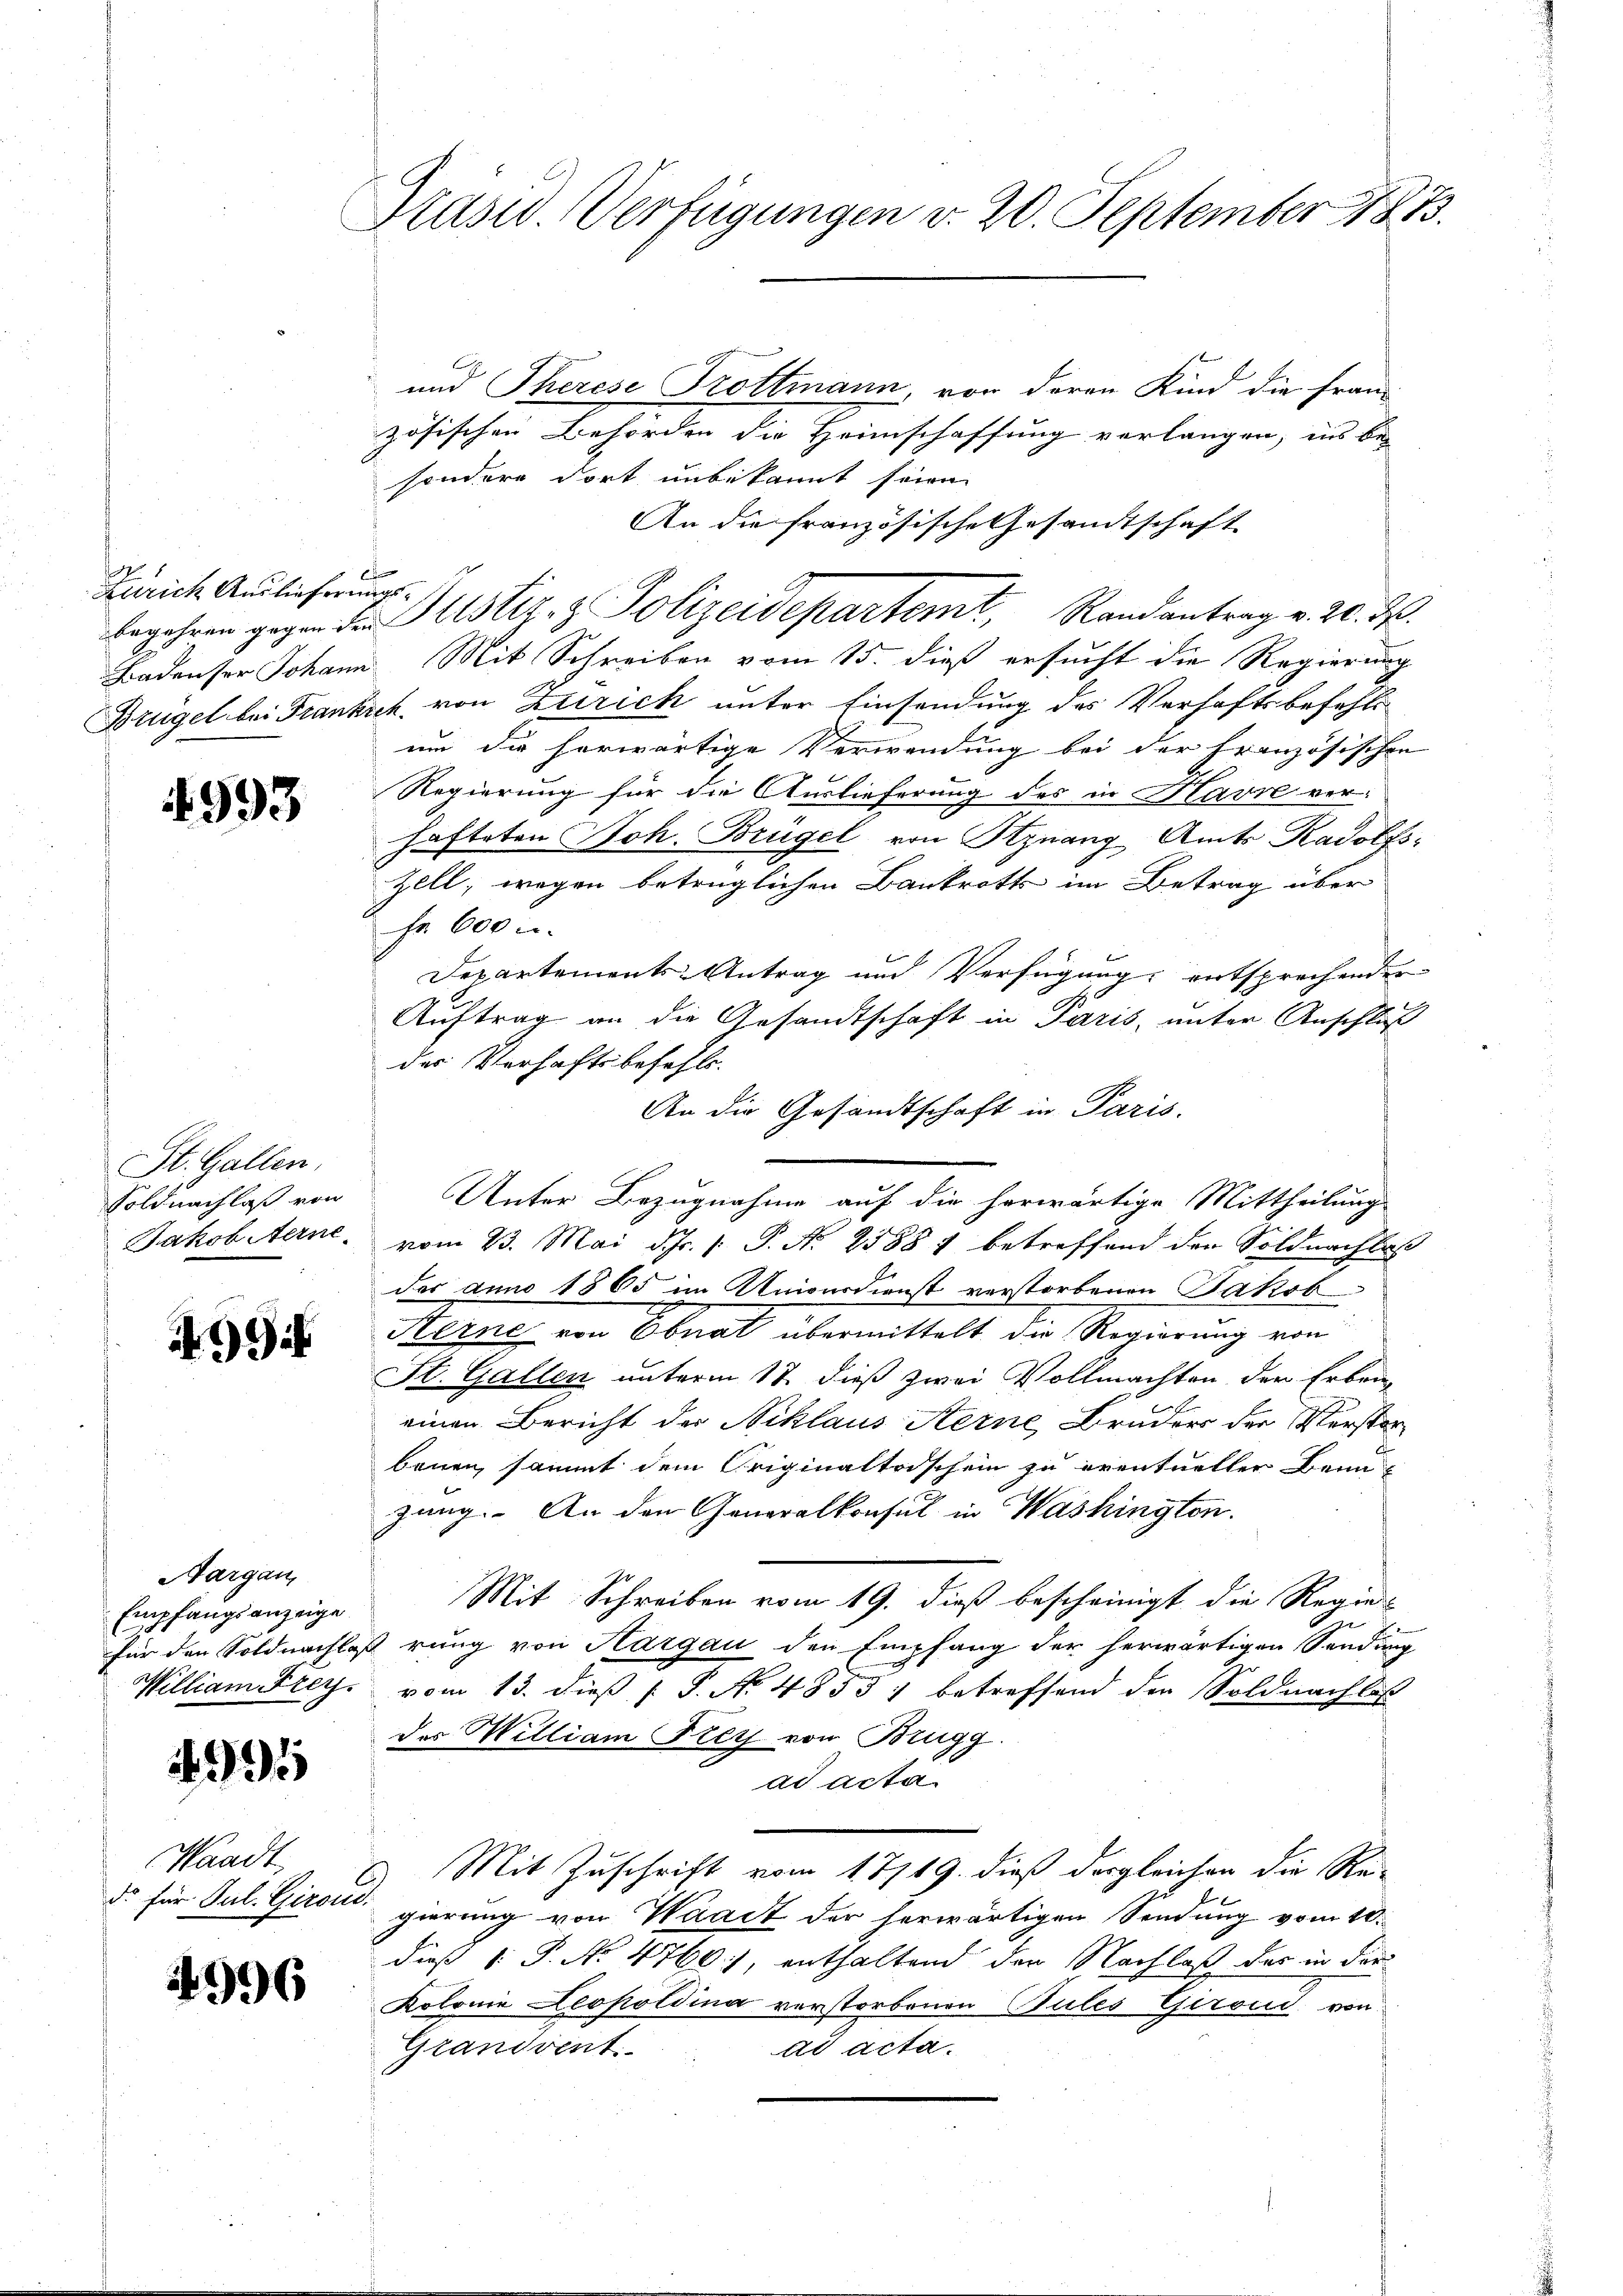
Zürich Auslieferungs¬

4993

St. Gallen,
Soldnachlaß von

994

Aargau
Empfangsanzeige

91

Waadt,

4996

Präsid. Verfügungen v. 20. September 1883.

und Therese Trottmann, von deren Kind die fran-
zösischen Behörden die Heimschaffung verlangen, ins bei
sondern dort unbekannt seien.
An die französische Gesandtschaft
2
1
Badenser Johann Mit Schreiben vom 15. dieß ersucht die Regierung
Brügel bei Frankrek, von Zürich unter Einsendung des Verhaftsbefehls
um die herwärtige Verwendung bei der französischen
Regierung für die Auslieferung des in Havre ver-
hafteten Joh. Brügel von Sznang Amts Radolfs¬
Zell, wegen betrüglichen Bankrotts im Betrag über
Fr. 600 r.
Departements-Antrag und Verfügung entsprechender
Auftrag an die Gesandtschaft in Paris, unter Anschluß
des Verhaftsbefehls.
An die Gesandtschaft in Paris.
Unter Bezugnahme auf die herwärtige Mittheilung
Jakobiterne, vom 23. Mai d. 1. P. Nr. 25881 betreffend der Soldnachlaß
der anno 1865 im Unionsdienst verstorbenen Jakob
Kerne von Obnat übermittelt die Regierung von
Str. Gallen unterm 12. dieß zwei Vollmachten der Erben
einen Bericht der Niklaus Sterne, Bruder der Verstorbeuen, sammt dem Originaltodschein zu eventueller Beim
gang. An den Generalkonsul in Washington.
Mit Schreiben vom 19. dieß bescheinigt die Regie-
für den Soldnachloß rung von Hargau den Empfang der herwärtigen Sendung
William Frey, vom 13. dieß P. No 48531 betreffend der Soldnachlos
des William Frey von Brugg.
ad acta.
Mit Zuschrift vom 17/19. dieß dergleichen die Re-
d. für Jul. Girard, gierung von Waadt der herwärtigen Sendung vom 10.
dieß (: P. No 4760) enthaltend den Nachlaß der in der
Kolonie Leopoldina verstorbenen Pules Girond von
Grandvent
ad acta.

begehren gegen den stiz- & Polizeidepartemt, Randantrag v. 20. d.